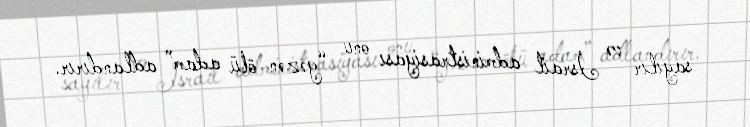
sayılır və İsrail administrasiyası onu “gəzən ölü adam” adlandırır.